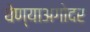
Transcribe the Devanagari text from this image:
घेण्याअगोदर